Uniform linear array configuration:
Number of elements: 24
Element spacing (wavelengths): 0.5
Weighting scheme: blackman
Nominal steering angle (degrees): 15
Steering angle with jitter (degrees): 14.834
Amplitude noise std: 0.05
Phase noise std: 0.05

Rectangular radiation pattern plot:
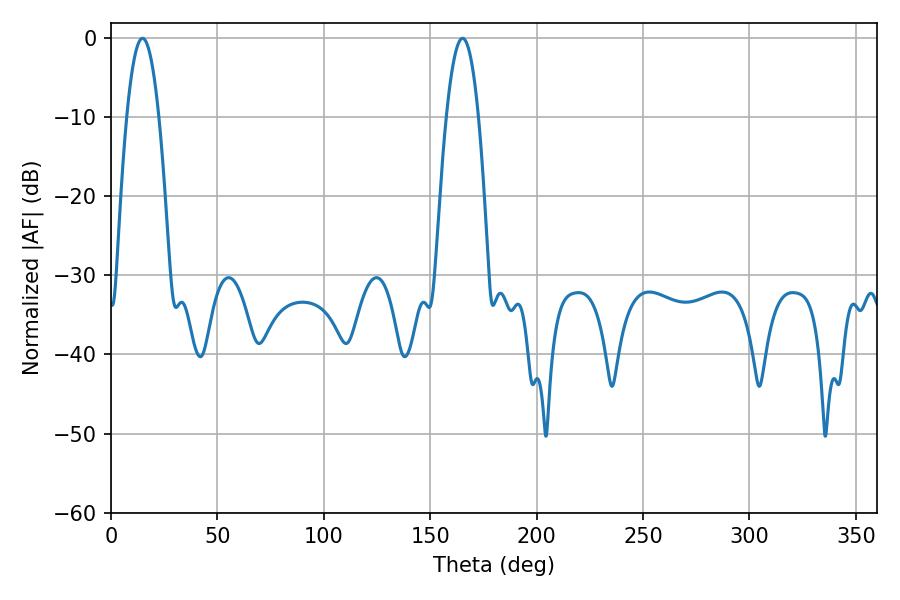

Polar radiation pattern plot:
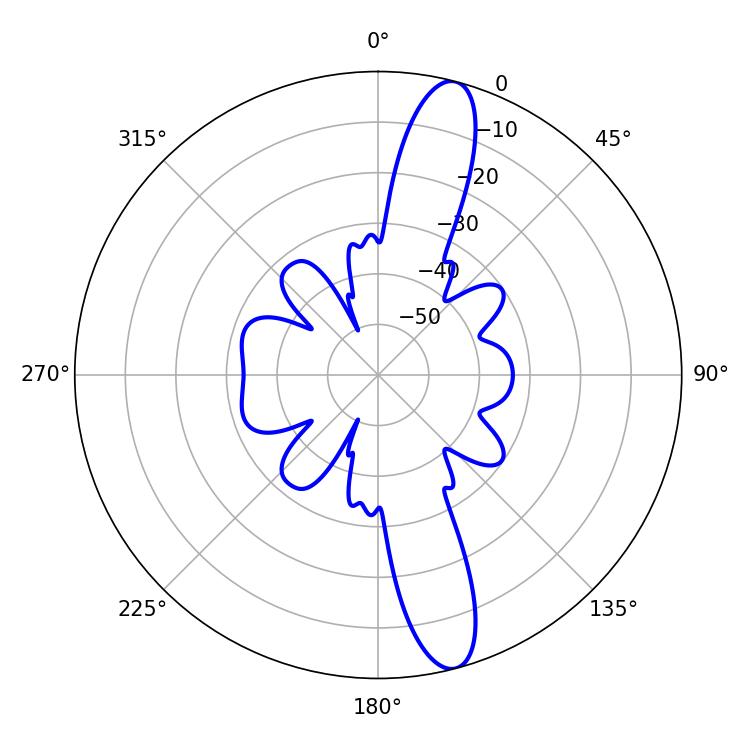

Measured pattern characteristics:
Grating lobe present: FALSE
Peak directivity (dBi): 13.987
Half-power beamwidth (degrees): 8.28
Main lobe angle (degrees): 14.76